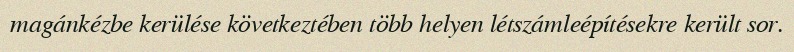
magánkézbe kerülése következtében több helyen létszámleépítésekre került sor.